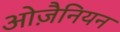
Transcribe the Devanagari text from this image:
ओज़ैनियन